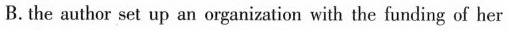
B.the author set up an organizatian with the funding of her